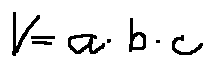
V = a \cdot b \cdot c